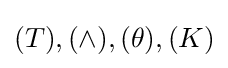
(T),(\land ),(\theta ),(K)